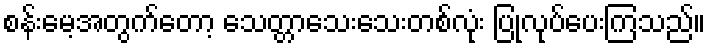
စန်းမေ့အတွက်တော့ သေတ္တာသေးသေးတစ်လုံး ပြုလုပ်ပေးကြသည်။